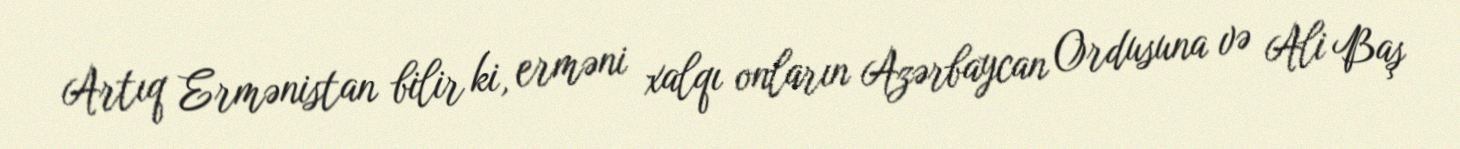
Artıq Ermənistan bilir ki, erməni xalqı onların Azərbaycan Ordusuna və Ali Baş